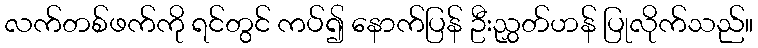
လက်တစ်ဖက်ကို ရင်တွင် ကပ်၍ နောက်ပြန် ဦးညွှတ်ဟန် ပြုလိုက်သည်။